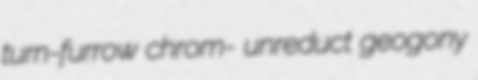
turn-furrow chrom- unreduct geogony